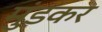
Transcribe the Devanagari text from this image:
मुंडकर